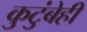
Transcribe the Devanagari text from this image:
कुटुंबेही